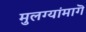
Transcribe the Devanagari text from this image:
मुलग्यांमागॆ